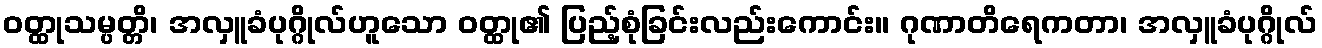
ဝတ္ထုသမ္ပတ္တိ၊ အလှူခံပုဂ္ဂိုလ်ဟူသော ဝတ္ထု၏ ပြည့်စုံခြင်းလည်းကောင်း။ ဂုဏာတိရေကတာ၊ အလှူခံပုဂ္ဂိုလ်